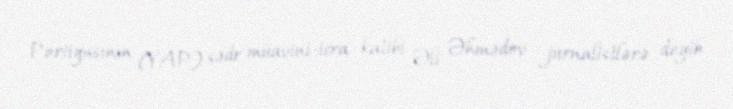
Partiyasının (YAP) sədr müavini-icra katibi Əli Əhmədov jurnalistlərə deyib.